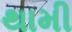
થામી